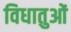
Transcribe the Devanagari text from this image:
विधातुओं